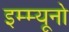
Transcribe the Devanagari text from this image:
इम्म्यूनो